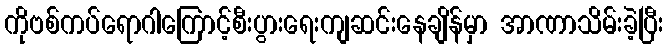
ကိုဗစ်ကပ်ရောဂါကြောင့်စီးပွားရေးကျဆင်းနေချိန်မှာ အာဏာသိမ်းခဲ့ပြီး